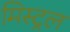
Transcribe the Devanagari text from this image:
मिस्ट्रल